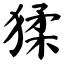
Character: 猱